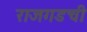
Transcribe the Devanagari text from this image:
राजगडची